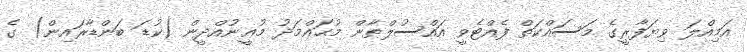
އަމިއްލަ ވިޔަފާރީގެ މަސައްކަތް ފެއްޓެވީ އައްސުލްޠާން މުޙައްމަދު މުޢީނުއްދީން (ކުޑަ ބަންޑާރައިން) ގެ